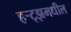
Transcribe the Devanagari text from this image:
हर्‍ट्झमधील